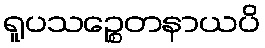
ရူပသဉ္စေတနာယပိ